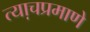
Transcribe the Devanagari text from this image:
त्या़चप्रमाणे